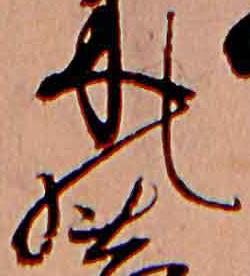
の